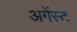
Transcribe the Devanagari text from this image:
अगेंस्‍ट